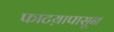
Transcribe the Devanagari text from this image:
फाटय़ापासून